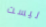
ليست